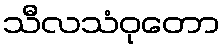
သီလသံဝုတော